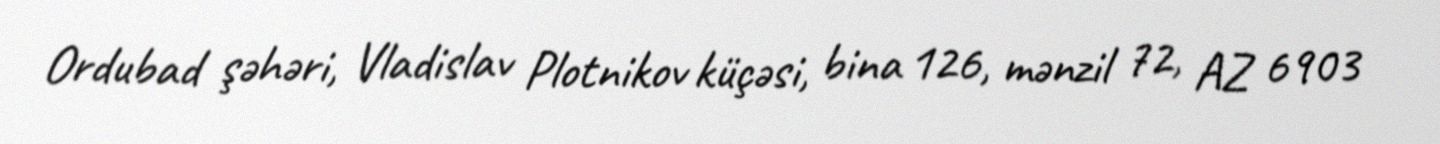
Ordubad şəhəri, Vladislav Plotnikov küçəsi, bina 126, mənzil 72, AZ 6903